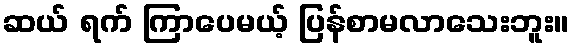
ဆယ် ရက် ကြာပေမယ့် ပြန်စာမလာသေးဘူး။